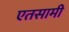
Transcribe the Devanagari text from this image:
एतसामी